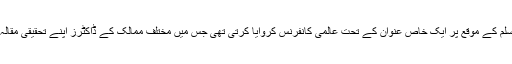
اسی طرح مصری وزارت اوقاف بھی ہر سال میلاد النبی صلی اللہ علیہ وآلہ وسلم کے موقع پر ایک خاص عنوان کے تحت عالمی کانفرنس کروایا کرتی تھی جس میں مختلف ممالک کے ڈاکٹرز اپنے تحقیقی مقالہ جات پڑھتے تھے جنہیں بعد میں ضخیم کتابی صورت میں شائع کیا جاتا تھا۔